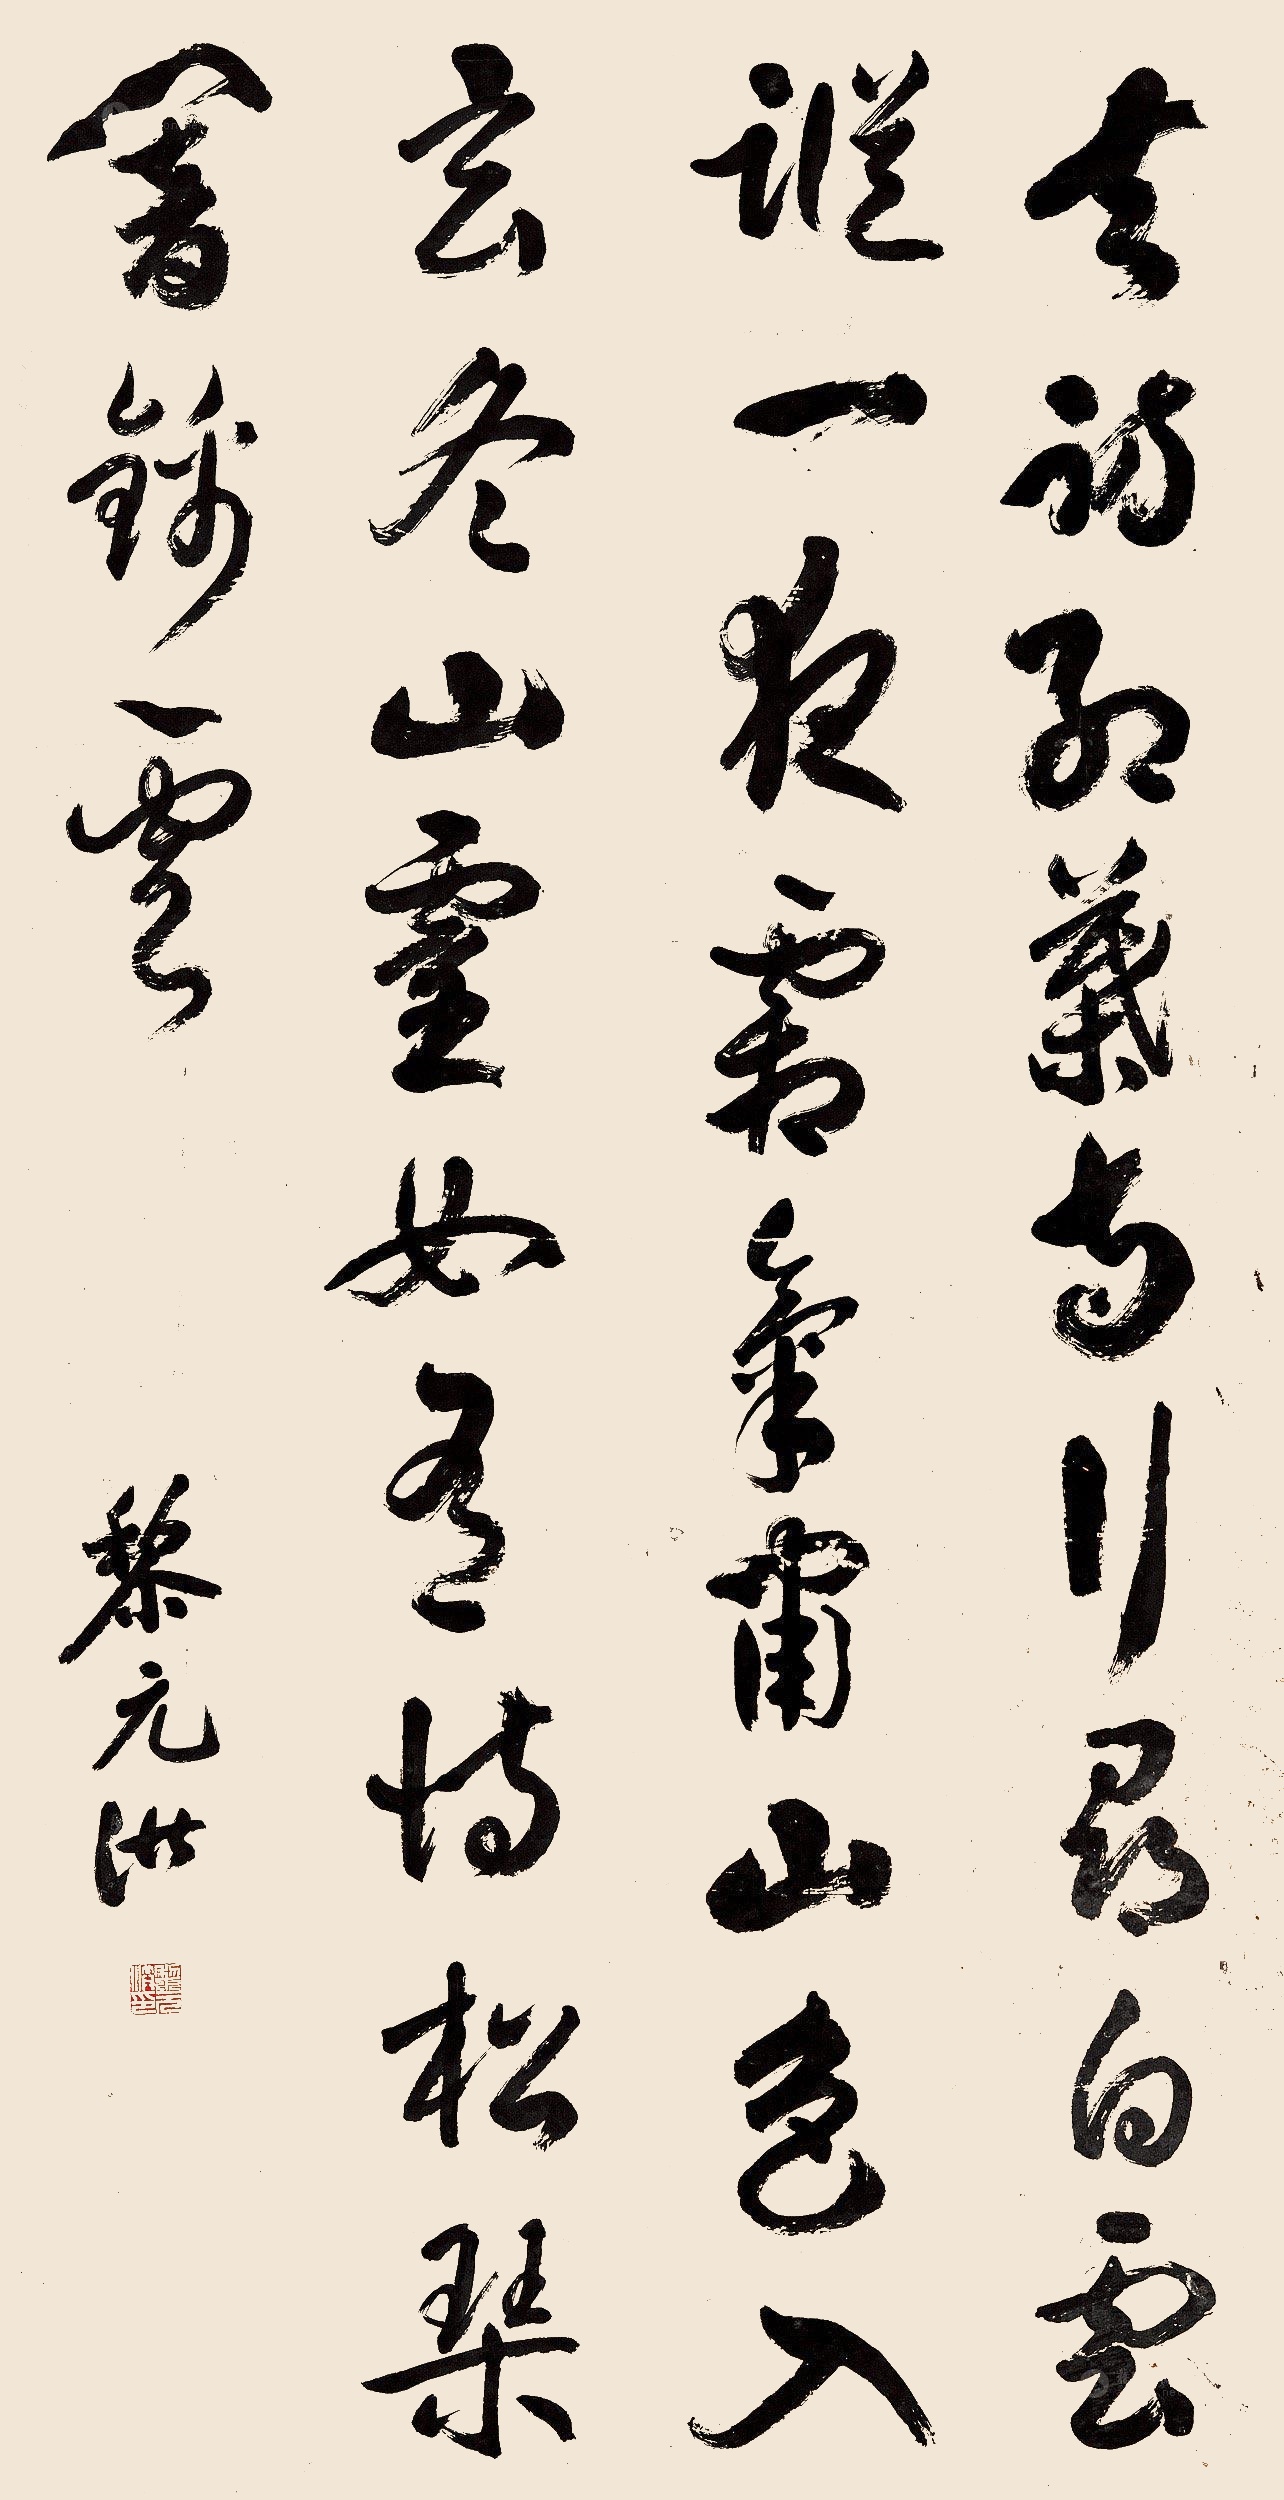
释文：去访红叶寺，行寻白云踪一夜霜气啸，山色入玄冬，山林如有恃，松严于琴锦云。黎元洪。